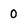
Character: 0